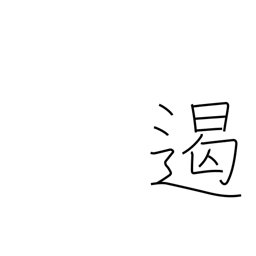
Meaning: suppress